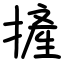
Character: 摌